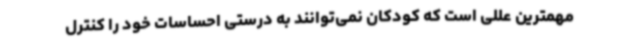
مهمترین عللی است که کودکان نمی‌توانند به درستی احساسات خود را کنترل